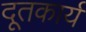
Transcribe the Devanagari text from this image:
दूतकार्य